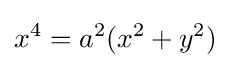
x^{4}=a^{2}(x^{2}+y^{2})